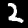
Label: 2